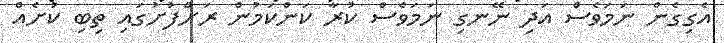
އެގިގެން ނަމަވެސް އަދި ނޭނގި ނަމަވެސް ކުރާ ކަންކަމުން ރަށްފުށުގައި ތިބި ކުށެއް